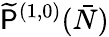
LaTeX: \widetilde{\mathsf{P}}^{(1,0)}(\bar{N})